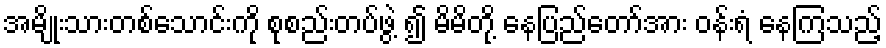
အမျိုးသားတစ်သောင်းကို စုစည်းတပ်ဖွဲ့ ၍ မိမိတို့ နေပြည်တော်အား ဝန်းရံ နေကြသည့်